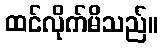
ထင်လိုက်မိသည်။